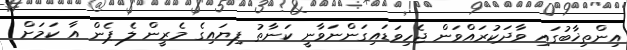
އިންތިޚާބުގައި ވާދަކުރައްވަން ޖެހިވަޑައިގަންނަވާނީ ކަނާތު ފިޔައިގެ މެރީން ލެ ޕެން އާ ކަމަށް